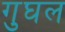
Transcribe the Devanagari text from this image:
गुघल